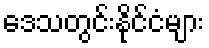
ဒေသတွင်းနိုင်ငံများ